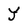
Character: Y